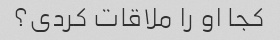
کجا او را ملاقات کردی؟